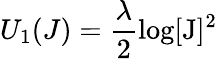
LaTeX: U_{1}(J)=\frac{\lambda}{2}\log[\mathrm{J}]^{2}